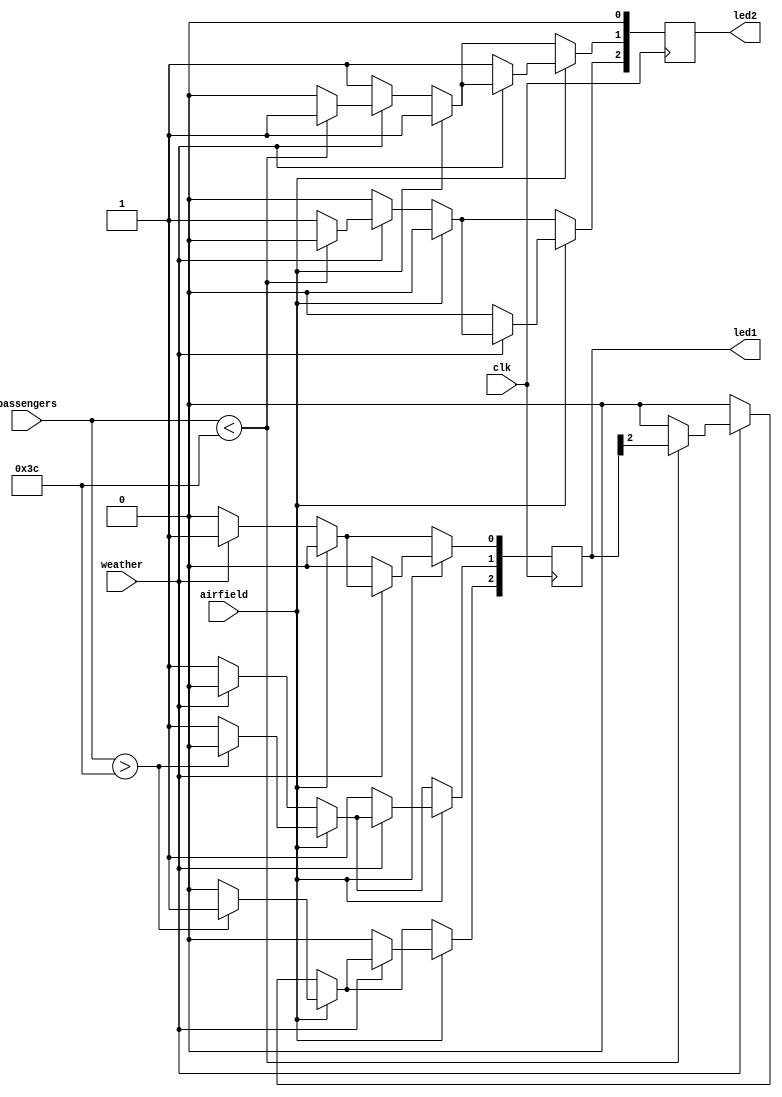
module airfield_control_system(clk,passengers,weather,airfield,led1,led2);

input clk;
input weather; // weather conditions are favorable or unsuitable. 0 means bad weather
// The weather condition will act as a control input.
input [5:0] passengers; // capacity could be max 60
input airfield; // airfield availability , "is there a plane or not" 0 means available

output reg[2:0] led1; // led1 is the right led in the photo.
output reg[2:0] led2; //led2 is the left led in the photo. 

//Led1 has 2 color , led2 has 3 color.
// led[0] --> green (keep moving)
// led[1] --> red (wait)
// led[2] --> yellow ( keep moving but be careful)

initial begin

    led1[0] = 0; // In the first case, the airfield is not available and the led turns red.
    led1[1] = 1;
    led1[2] = 0;
    led2[0] = 0; // If led1 is red, led2 should light up red.
    led2[1] = 1;
    led2[2] = 0;
end
always @ (posedge clk)
begin
    if (airfield == 0) // runway available
    begin
        if ( weather == 1 )
        begin
            if ( passengers < 60) //its not emergency and 
            begin                 //could be only 1 plane
                led1[0] <= 1;
                led1[1] <= 0 ;    // We turned our LED1 on green 
                led2[2] <= 0;     // and LED2 on red.
                led2[0] <= 0;
                led2[1] <= 1;
                led2[2] <= 0;
            end
            else // if passengers > 60) // The waiting area is crowded,
            begin                       //so an emergency is declared.
                led1[0] <= 1;
                led1[1] <= 0; //Since there was no aircraft at the airport before,
                led1[2] <= 0; //although LED1 was green, LED2 turns yellow.
                led2[0] <= 0;
                led2[1] <= 0;
                led2[2] <= 1;
            end
       end
    end
    if (airfield == 0) 
    begin                  //If the weather conditions are not suitable,
        if (weather == 0 ) //take-off and landing are not allowed.
        begin
            led1[0] <= 0;
            led1[1] <= 1;
            led1[2] <= 0;
            led2[0] <= 0;
            led2[1] <= 1;
            led2[2] <= 0;
        end
    end
     if (airfield == 1) //there is plane at runway
     begin
        if (weather == 1)
        begin
            if (passengers > 60)
            begin
                led1[0] <= 0;
                led1[1] <= 0;
                led1[2] <= 1;
                led2[0] <= 0;
                led2[1] <= 1;
                led2[2] <= 0;
            end
            else //if passengers < 60) 
            begin
                led1[0] <= 0;
                led1[1] <= 1;
                led1[2] <= 0;
                led2[0] <= 0;
                led2[1] <= 1;
                led2[2] <= 0;
            end
       end
    end
  if (airfield == 1)
     begin
        if (weather == 0)
        begin
            led1[0] <= 0;
            led1[1] <= 1;
            led1[2] <= 0;
            led2[0] <= 0;
            led2[1] <= 1;
            led2[2] <= 0;
        end
    end    
end 
endmodule